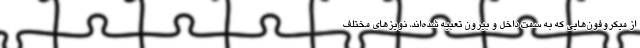
از میکروفون‌هایی که به سمت داخل و بیرون تعبیه شده‌اند، نویزهای مختلف